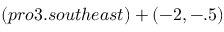
( p r o 3 . s o u t h e a s t ) + ( - 2 , - . 5 )